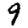
Digit: 9